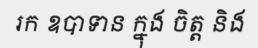
រក ឧបាទាន ក្នុង ចិត្ត និង